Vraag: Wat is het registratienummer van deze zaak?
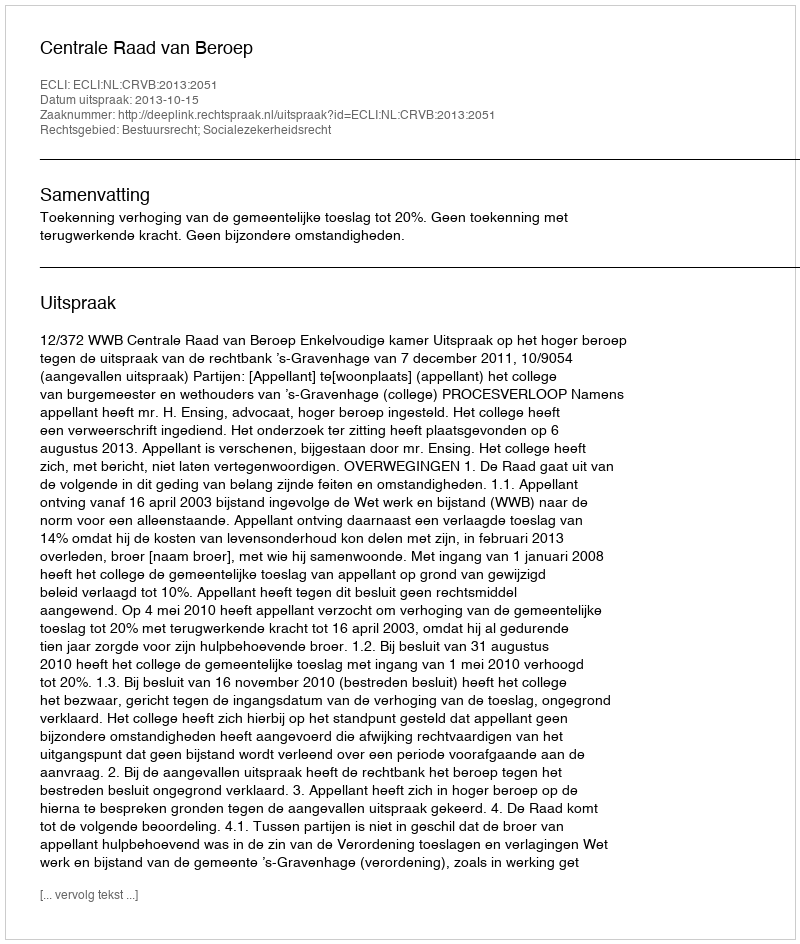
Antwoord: http://deeplink.rechtspraak.nl/uitspraak?id=ECLI:NL:CRVB:2013:2051